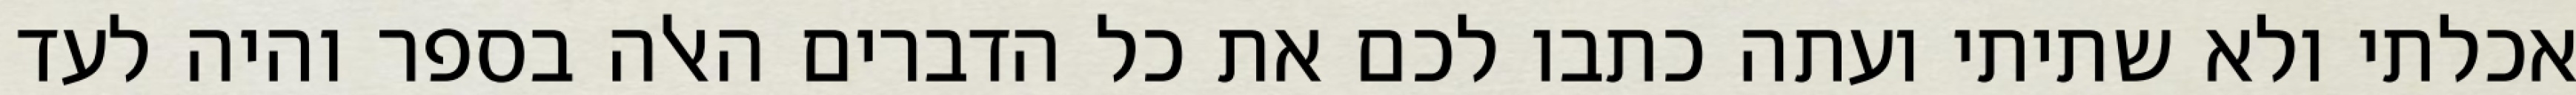
אכלתי ולא שתיתי ועתה כתבו לכם את כל הדברים האלה בספר והיה לעד